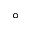
^ { \circ }